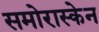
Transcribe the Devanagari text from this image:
समोरास्केन